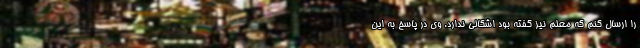
را ارسال کنم که معلم نیز گفته بود اشکالی ندارد. وی در پاسخ به این